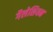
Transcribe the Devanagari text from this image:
गैलेशियन